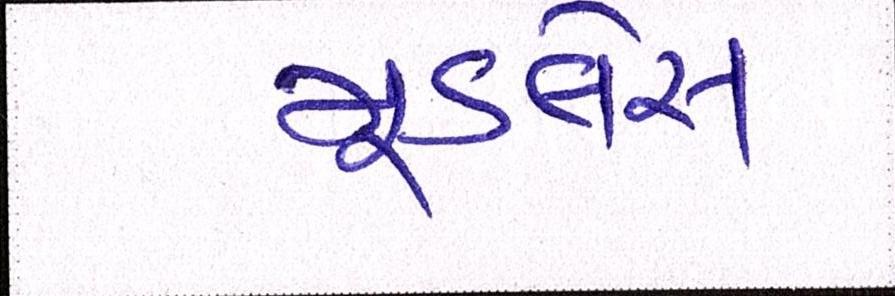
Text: મૂડલેસ